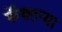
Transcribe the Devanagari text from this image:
फॅक्टऱ्या